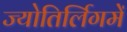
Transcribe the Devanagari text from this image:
ज्योतिर्लिगमें